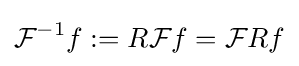
{\mathcal {F}}^{-1}f:=R{\mathcal {F}}f={\mathcal {F}}Rf